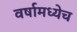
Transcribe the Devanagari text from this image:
वर्षामध्येच